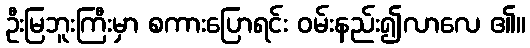
ဦးမြဘူးကြီးမှာ စကားပြောရင်း ဝမ်းနည်း၍လာလေ ၏။